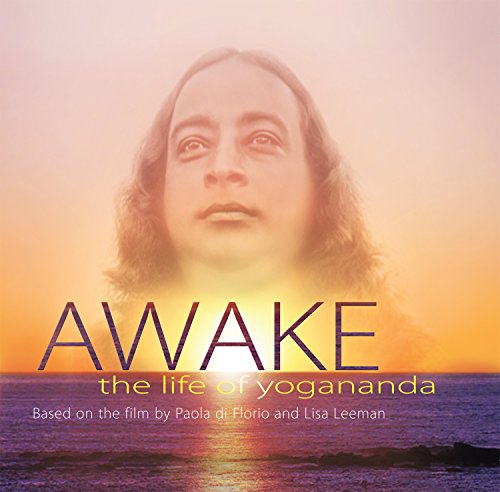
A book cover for Awake: the Life of Yogananda; Paola di Florio and Lisa Leeman; Christian Books & Bibles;